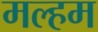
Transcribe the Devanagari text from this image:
मल्हम